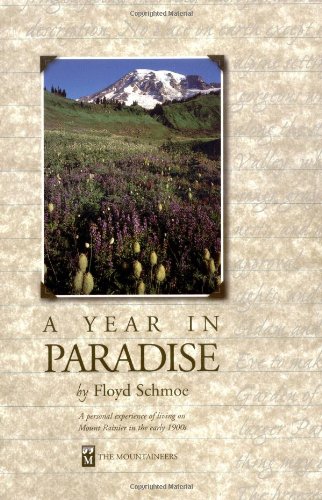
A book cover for A Year in Paradise; Floyd Schmoe; Science & Math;